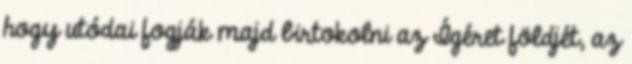
hogy utódai fogják majd birtokolni az Ígéret földjét, az